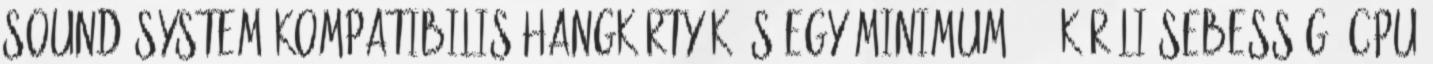
Sound System-kompatibilis hangkártyák és egy minimum 486-körüli sebességű CPU